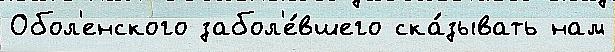
Обол'енского забол'е́вшего ска́зывать нам